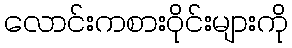
လောင်းကစားဝိုင်းများကို